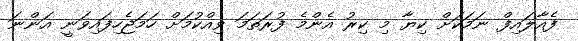
ފެއާލައިފް ނަމަކަށް ކިޔާ މި ކިރު އެންމެ ފުރަތަމަ ވިއްކުމަށް ހަމަޖެހިފައިވަނީ އަންނަ